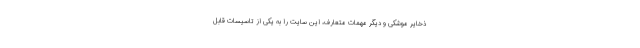
ذخایر موشکی و دیگر مهمات متعارف، این سایت را به یکی از تاسیسات قابل